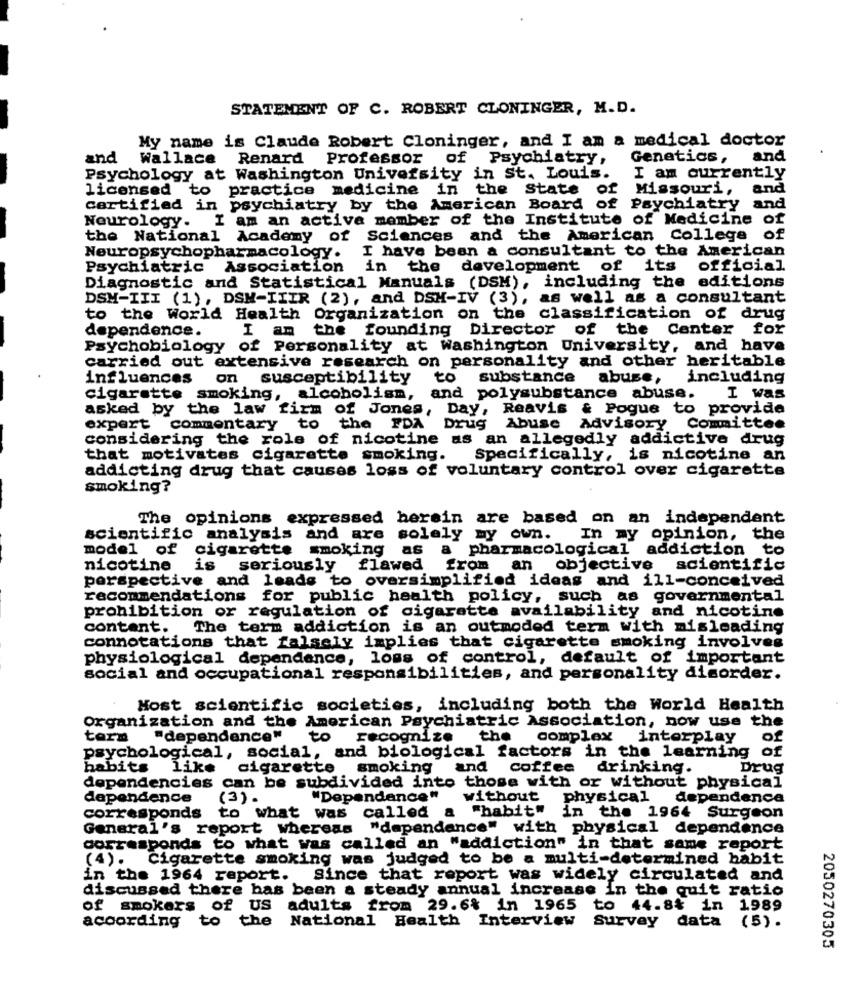
STATEMENT OF C. ROBERT CLONINGER, M.D.
My name is Claude Robert Cloninger, and I am a medical doctor
and
Wallace Renard Professor of Psychiatry,
Genetics,
and
Psychology at Washington University in St. Louis.
I am currently
licensed to practice medicine in the State of Missouri, and
certified in psychiatry by the American Board of Psychiatry and
Neurology. I am an active member of the Institute of Medicine of
the National Academy of Sciences and the American College of
I have been a consultant to the American
Neuropsychopharmacology.
Psychiatric Association
in the development of its official
Diagnostic and Statistical Manuals (DSM), including the editions
DSM-III (1), DSM-IIIR (2), and DSM-IV (3), as well as a consultant
to the World Health Organization on the classification of drug
dependence.
the founding Director of the Center for
Psychobiology of Personality at Washington University, and have
carried out extensive research on personality and other heritable
influences on susceptibility
to substance abuse,
including
cigarette smoking, alcoholism, and polysubstance abuse. I was
asked by the law firm of Jones, Day, Reavis & Pogue to provide
expert commentary to
the FDA Drug Abuse Advisory Committee
considering the role of nicotine as an allegedly addictive drug
that motivates cigarette smoking.
Specifically, is nicotine an
addicting drug that causes loss of voluntary control over cigarette
smoking?
The opinions expressed herein are based on an independent
scientific analysis and are solely my own.
In my opinion, the
model of cigarette
smoking as a pharmacological addiction to
nicotine
is seriously flawed
from
an objective scientific
perspective and leads to oversimplified ideas and ill-conceived
recommendations for public health policy, such as governmental
prohibition or regulation of cigarette availability and nicotine
content. The term addiction is an outmoded term with misleading
connotations that falsely implies that cigarette smoking involves
physiological dependence, loss of control, default of important
social and occupational responsibilities, and personality disorder.
Most scientific societies, including both the World Health
Organization and the American Psychiatric Association, now use the
tern
"dependence"
to
recognize
the complex interplay
of
psychological, social, and biological factors in the learning of
habits
like cigarette smoking and coffee drinking.
Drug
dependencies can be subdivided into those with or without physical
dependence
(3) .
"Dependence"
without
physical dependence
"habit"
corresponds
to what was called
a
in the 1964 Surgeon
General's report whereas "dependence" with physical dependence
corresponds to what was called an "addiction" in that same report
(4). Cigarette smoking was judged to be a multi-determined habit
in the 1964 report. Since that report was widely circulated and
discussed there has been a steady annual increase In the quit ratio
of smokers of US adults from 29.6% in 1965 to 44.8% in 1989
according to the National Health Interview
Survey data (5).
2050270305